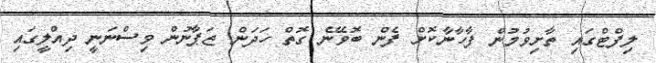
ލިފްޓްގައި ތާށިވުމުން ފާހާނާކޮށް ފެން ބޮވޭނެ ގޮތް ހަދަން ޖަޕާނުން ވިސްނަނީ ދިއްލީގައި